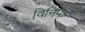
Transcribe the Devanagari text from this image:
विनिपातः